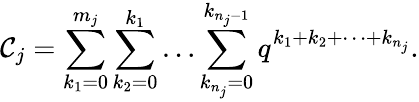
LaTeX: {\cal C}_{j}=\sum_{k_{1}=0}^{m_{j}}\sum_{k_{2}=0}^{k_{1}}\ldots\sum_{k_{n_{j}}=0}^{k_{n_{j}-1}}q^{k_{1}+k_{2}+\cdots+k_{n_{j}}}.